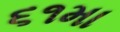
૬૧મા